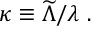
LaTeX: \kappa \equiv { \widetilde \Lambda } / \lambda ~ .